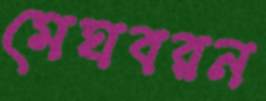
মেঘবরন